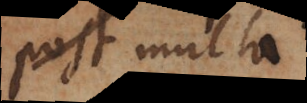
post multo